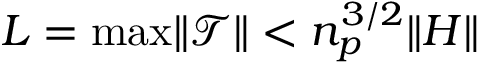
L = \operatorname* { m a x } \lVert \mathcal { T } \rVert < n _ { p } ^ { 3 / 2 } \lVert H \rVert